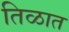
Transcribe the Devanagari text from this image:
तिळात